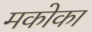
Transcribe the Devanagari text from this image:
मकोका